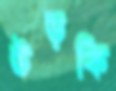
উড়কি